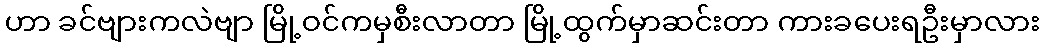
ဟာ ခင်ဗျားကလဲဗျာ မြို့ဝင်ကမှစီးလာတာ မြို့ထွက်မှာဆင်းတာ ကားခပေးရဦးမှာလား